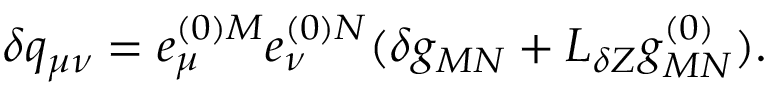
\delta q _ { \mu \nu } = e _ { \mu } ^ { ( 0 ) M } e _ { \nu } ^ { ( 0 ) N } ( \delta g _ { M N } + { \cal L } _ { \delta Z } g _ { M N } ^ { ( 0 ) } ) .